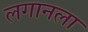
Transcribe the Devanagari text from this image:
लगानला